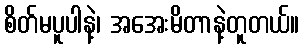
စိတ်မပူပါနဲ့၊ အအေးမိတာနဲ့တူတယ်။